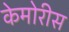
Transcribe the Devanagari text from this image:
केमोरीस